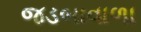
જડબાવાળા